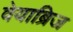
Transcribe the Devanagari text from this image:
वेयाब्रिज